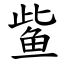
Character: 𫚖